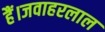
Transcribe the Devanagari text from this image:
हैं।जवाहरलाल